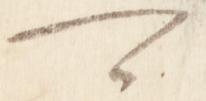
可